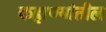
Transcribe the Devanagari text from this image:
कहाण्यांतील